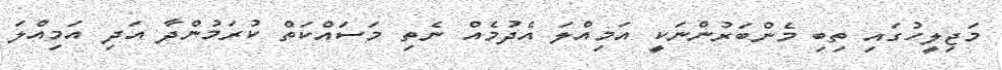
މަޖިލީހުގައި ތިބި މެންބަރުންނަކީ އަމިއްލަ އެދުމެއް ނެތި މަސައްކަތް ކުރަމުންދާ އަދި އަމިއްލަ